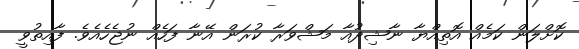
ކޮށްލަން ކަމެއް އޮތިއްޔާ ނާޝިދުއާ މަޝްވަރާ ކުރަން އޭނާ ފަހެއް ނުޖެހެއެވެ. ފާއިތުވީ